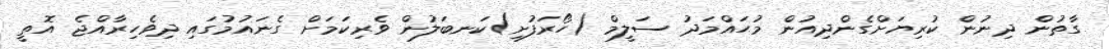
ގާތުން ދިނުން ކުރިޔަށްގެންދިއުން މުޙައްމަދު ސަލީމް (ހޯރަފުށި)ކަނބަލުން ވެރިކަމަށް ގެނައުމުގައި ދިވެހިރާއްޖެ އޮތީ